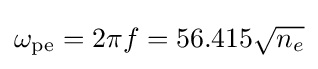
\omega _{\mathrm {pe} }=2\pi f=56.415{\sqrt {n_{e}}}